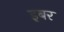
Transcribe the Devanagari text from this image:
इबर